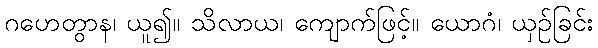
ဂဟေတွာန၊ ယူ၍။ သိလာယ၊ ကျောက်ဖြင့်။ ယောဂံ၊ ယှဉ်ခြင်း